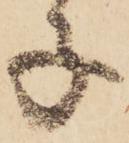
子